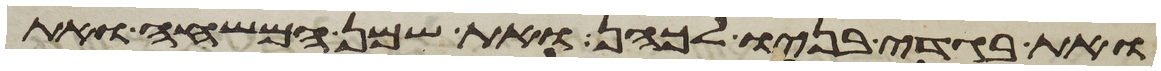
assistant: ואת בגדי בניו לכהן את שמן המשחה ואת